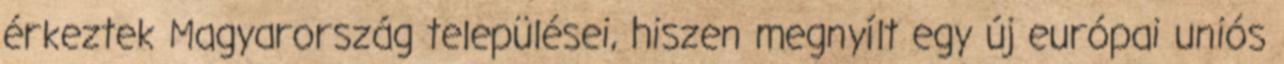
érkeztek Magyarország települései, hiszen megnyílt egy új európai uniós